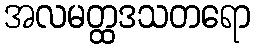
အလမတ္ထဒသတရော